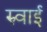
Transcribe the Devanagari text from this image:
रुवाई